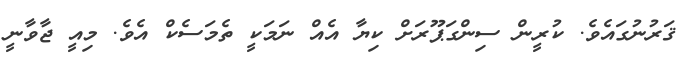
ޤަރުނުގައެވެ. ކުރީން ސިންގަޕޫރަށް ކިޔާ އެއް ނަމަކީ ތެމަސެކް އެވެ. މިއީ ޖާވާނީ